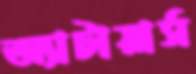
অ্যাটায়ার্স